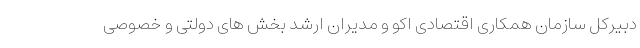
دبیرکل سازمان همکاری اقتصادی اکو و مدیران ارشد بخش های دولتی و خصوصی